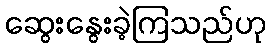
ဆွေးနွေးခဲ့ကြသည်ဟု